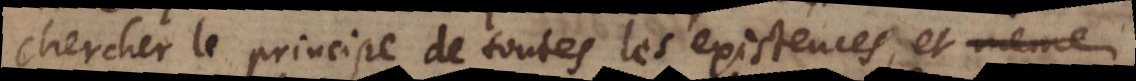
chercher le principe de toutes les existences, et même